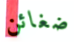
ضغائن